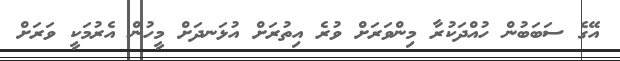
އޭގެ ސަބަބުން ހުއްދަކުރާ މިންވަރަށް ވުރެ އިތުރަށް އުޅަނދަށް މީހުން އެރުމަކީ ވަރަށް